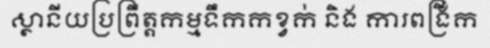
ស្ថានីយប្រព្រឹត្តកម្មទឹកកខ្វក់ និង ការពង្រីក